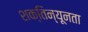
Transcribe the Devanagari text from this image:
शक्तिन्यूनता